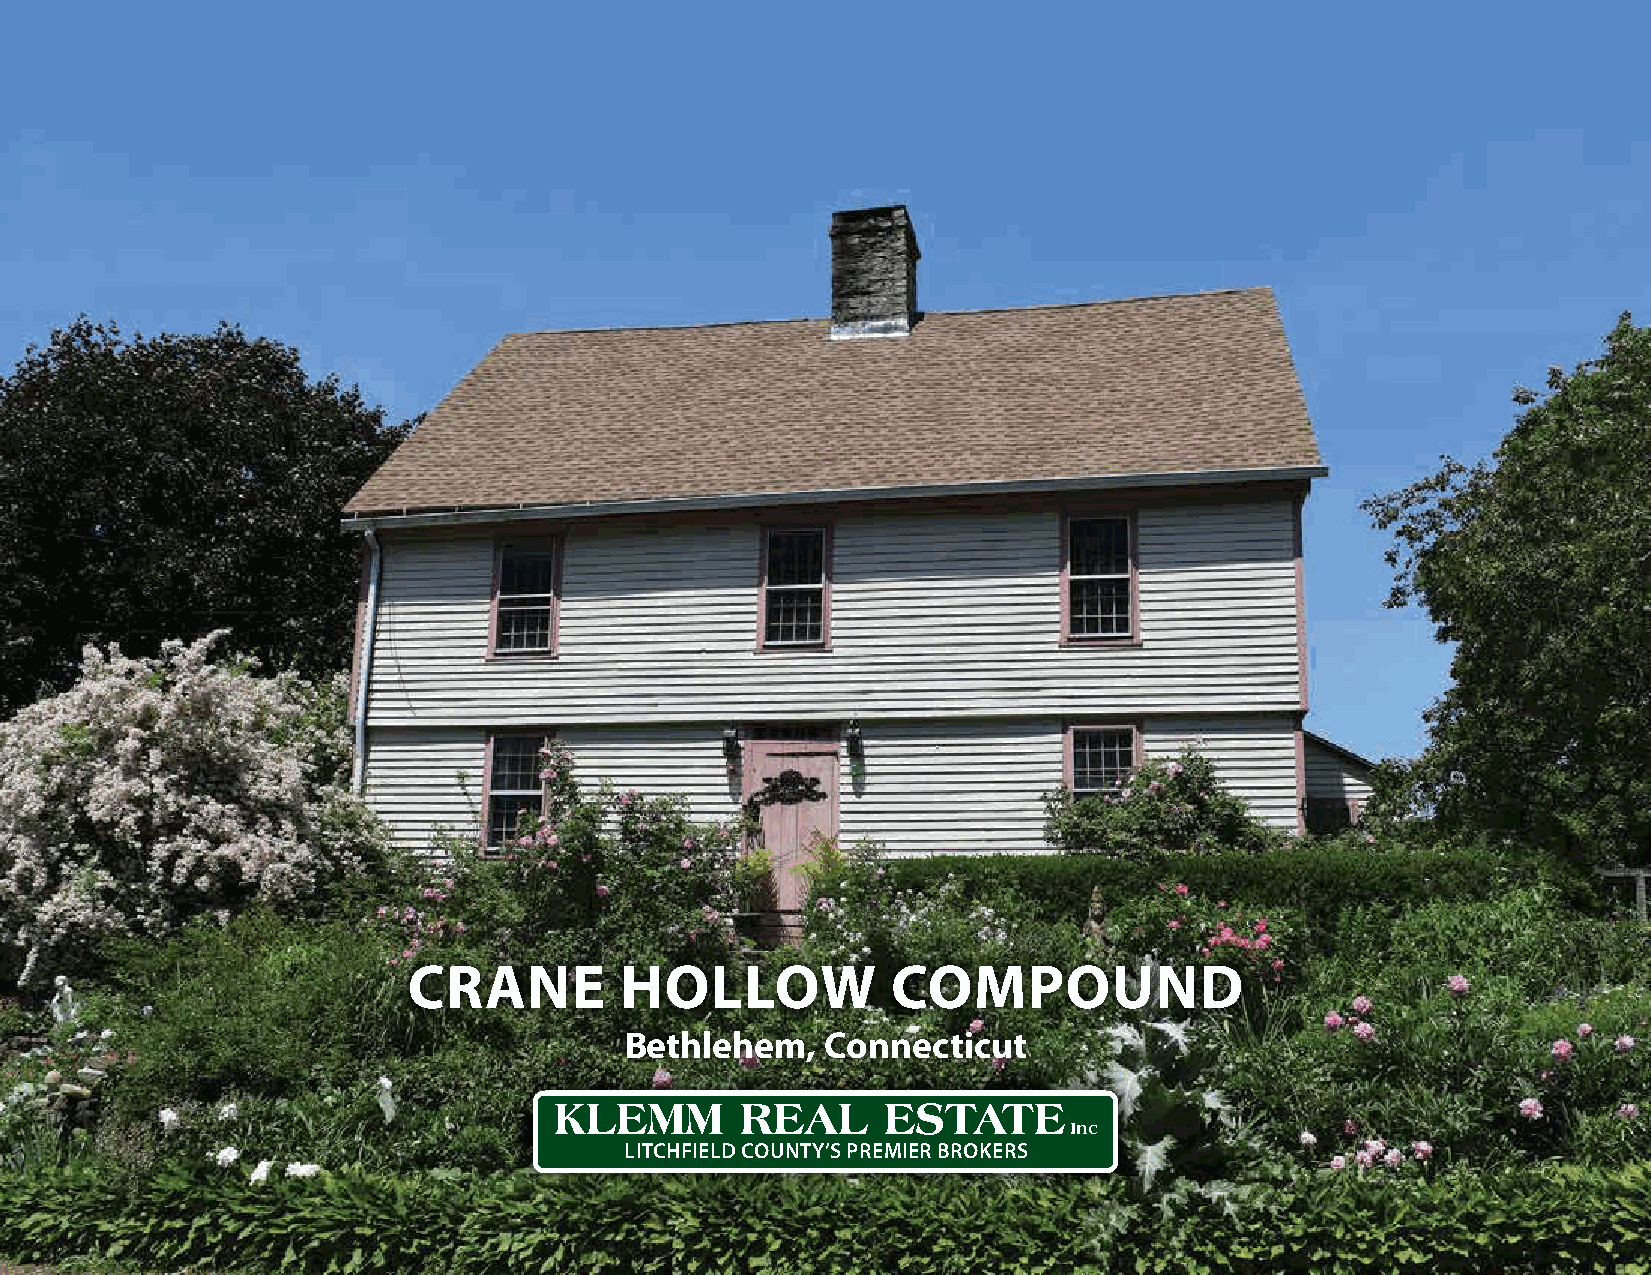
CRANE         HOLLOW            COMPOUND
 Bethlehem,    Connecticut
 KLEMM       REAL      ESTATE
 Inc
 LITCHFIELD COUNTY’S PREMIER BROKERS